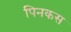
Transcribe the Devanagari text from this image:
पिनकस